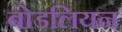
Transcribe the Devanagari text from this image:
बोडलियन